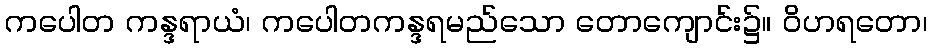
ကပေါတ ကန္ဒရာယံ၊ ကပေါတကန္ဒရမည်သော တောကျောင်း၌။ ဝိဟရတော၊